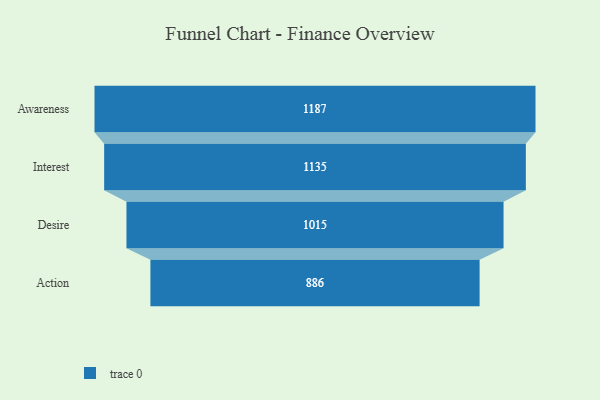
{"axis": {"x": "Stage", "y": "Value"}, "legend": [""], "data": [{"x": "Awareness", "y": 1187.0, "type": ""}, {"x": "Interest", "y": 1135.0, "type": ""}, {"x": "Desire", "y": 1015.0, "type": ""}, {"x": "Action", "y": 886.0, "type": ""}]}